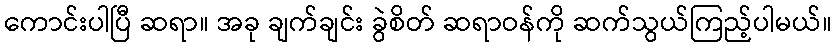
ကောင်းပါပြီ ဆရာ။ အခု ချက်ချင်း ခွဲစိတ် ဆရာဝန်ကို ဆက်သွယ်ကြည့်ပါမယ်။